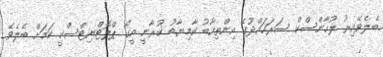
ބެލެވޭއިރު ލުހާންސްކް ސަރަހައްދުގެ އިންތިހާބު ކާމިޔާބު ކުރާނީ އީގޯ ޕްލޮޓްނިޓްސްކީ ކަމަށް ބެލެވެ